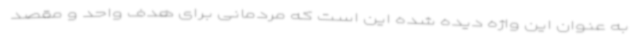
به عنوان این واژه دیده شده این است که مردمانی برای هدف واحد و مقصد